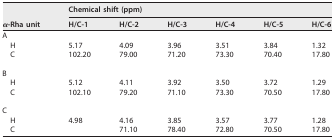
| <ROWSPAN=2> α-Rha unit | <COLSPAN=6> Chemical shift (ppm) |
 | H/C-1 | H/C-2 | H/C-3 | H/C-4 | H/C-5 | H/C-6 |
 | --- | --- | --- | --- | --- | --- | --- |
 | A |  |  |  |  |  |  |
 | H | 5.17 | 4.09 | 3.96 | 3.51 | 3.84 | 1.32 |
 | C | 102.20 | 79.00 | 71.20 | 73.30 | 70.40 | 17.80 |
 | B |  |  |  |  |  |  |
 | H | 5.12 | 4.11 | 3.92 | 3.50 | 3.72 | 1.29 |
 | C | 102.10 | 79.20 | 71.10 | 73.30 | 70.50 | 17.80 |
 | C |  |  |  |  |  |  |
 | H | 4.98 | 4.16 | 3.85 | 3.57 | 3.77 | 1.28 |
 | C |  | 71.10 | 78.40 | 72.80 | 70.50 | 17.80 |